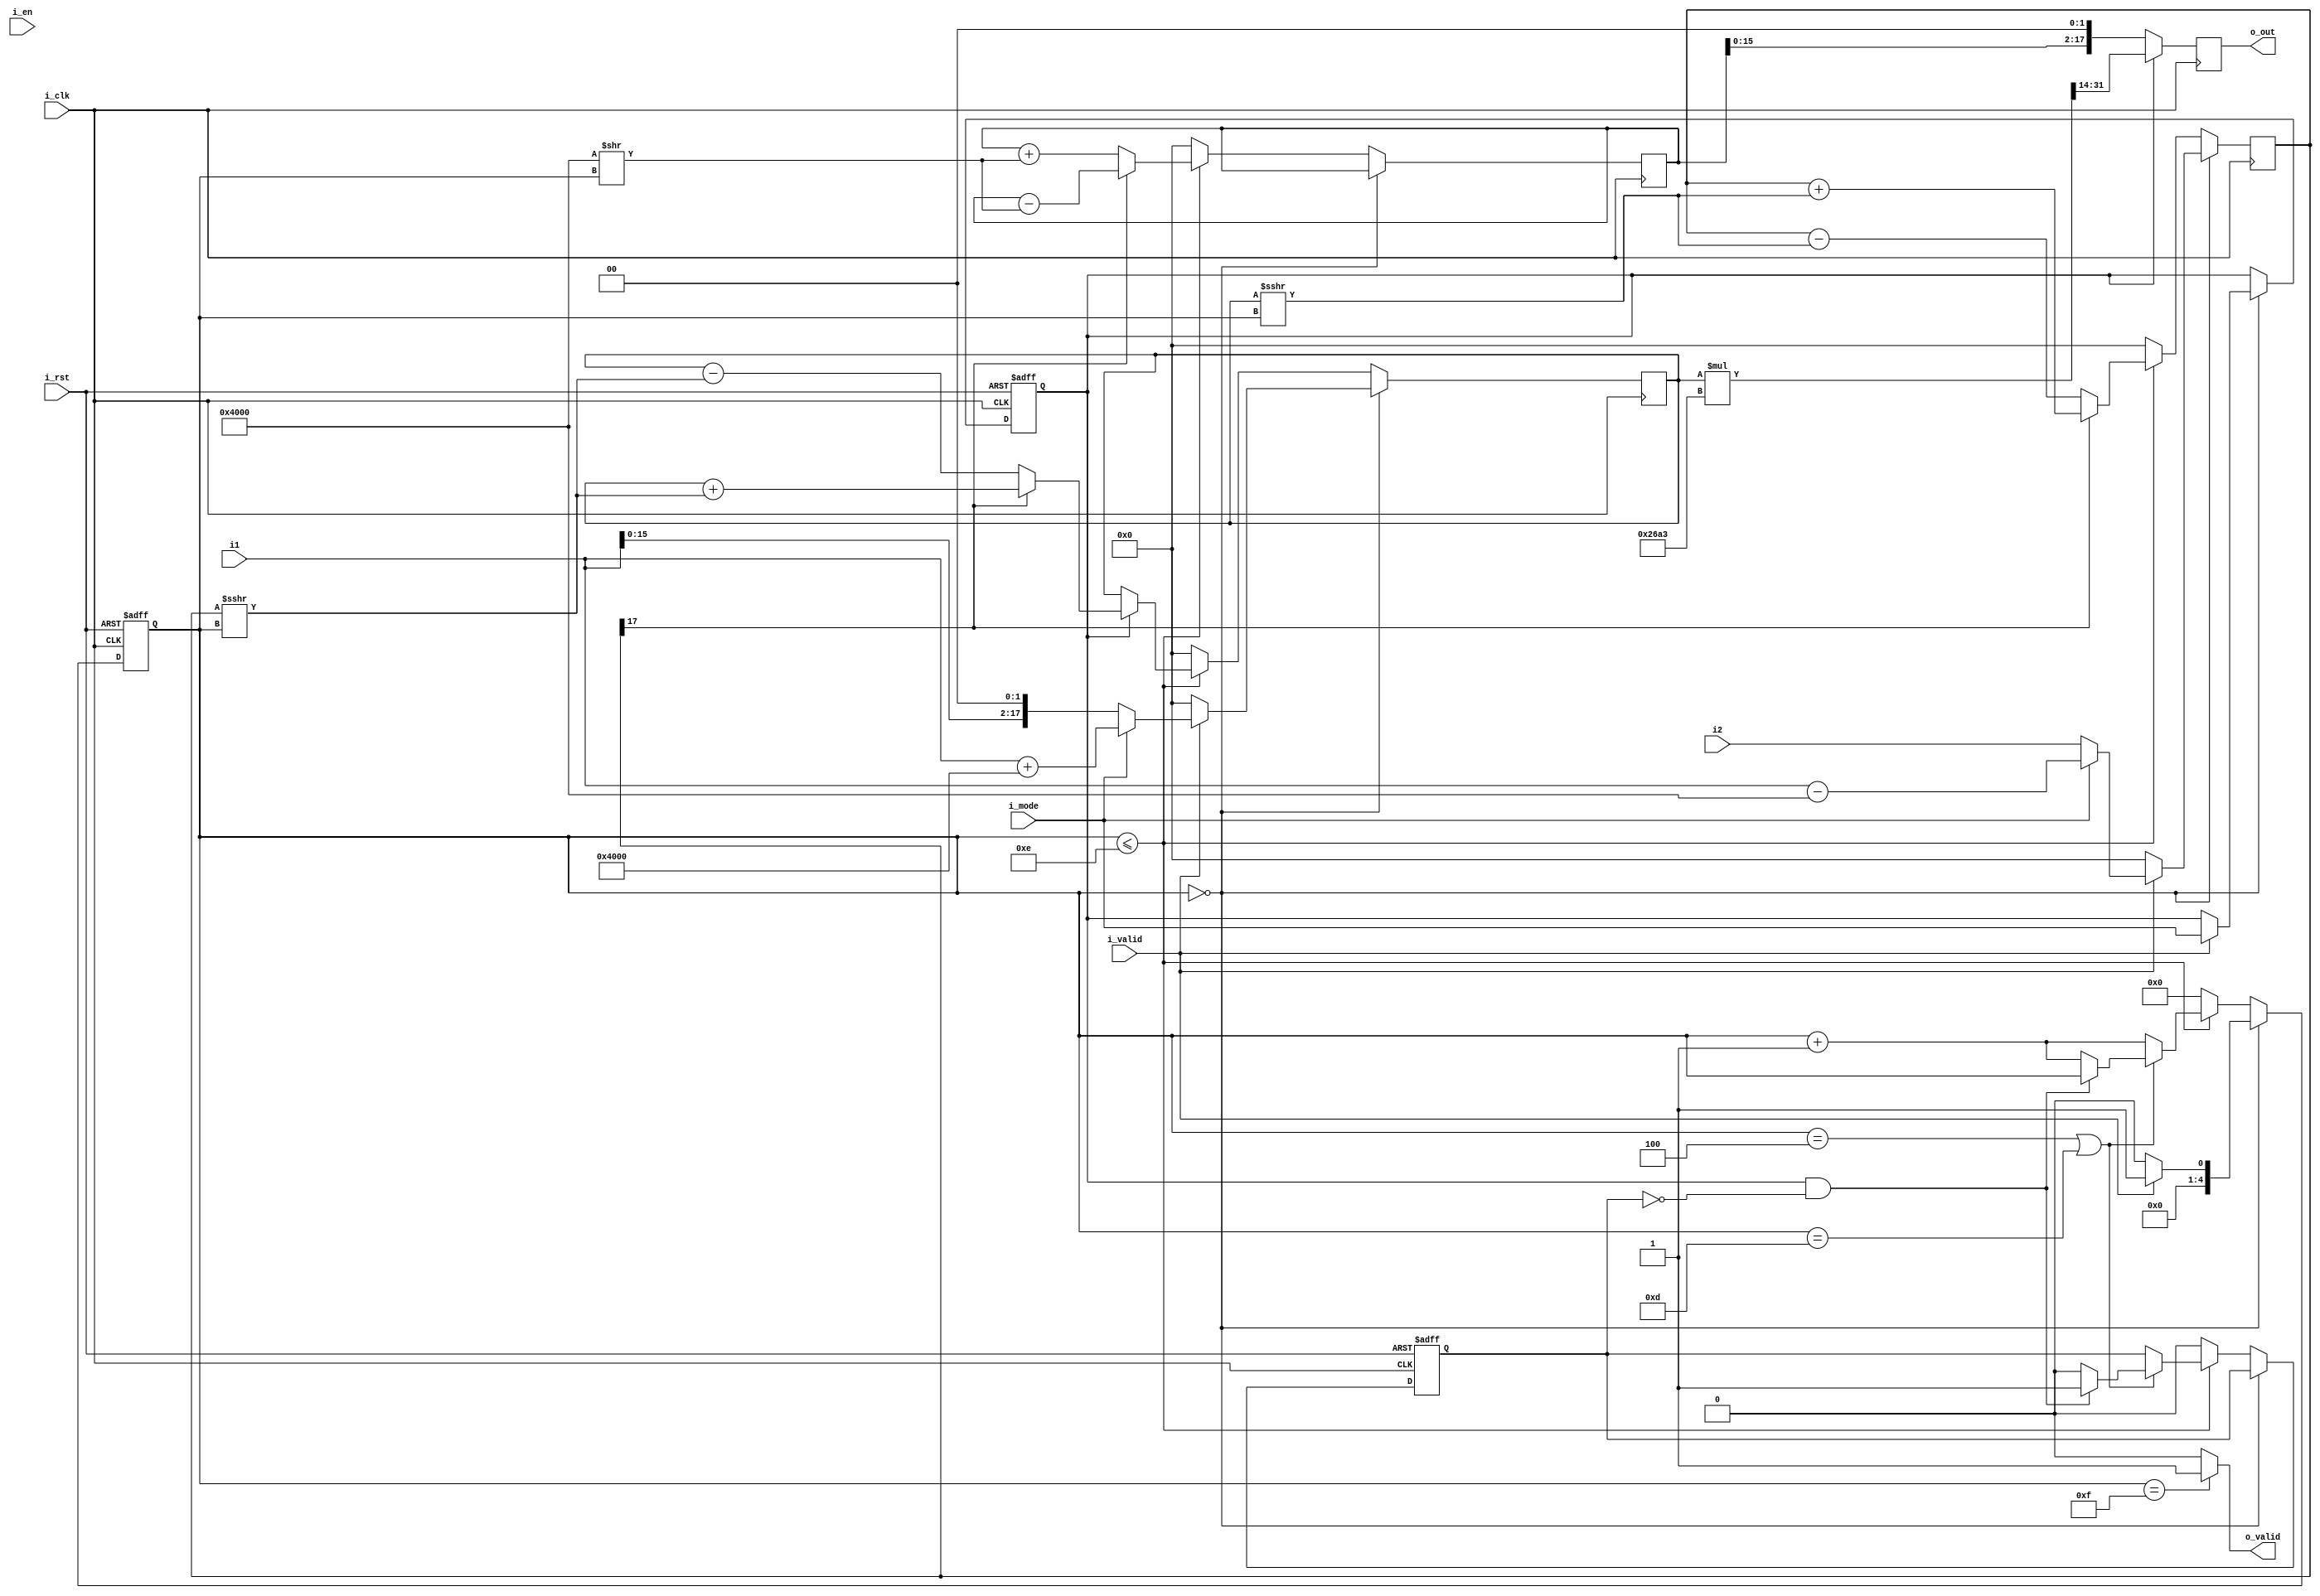
module cordic#(
    parameter i_int = 4, // bits of integer part of input -> must be 4
    parameter i_wide = 18 // bits of input
)
(
    input i_clk,
    input i_rst,
    input i_en,                 //module enable
    input i_mode,               //0: div, 1: sqrt
    input signed [i_wide - 1:0] i1,
    input signed [i_wide - 1:0] i2,
    input i_valid,
    output [i_wide - 1:0] o_out,
    output o_valid
);
// i1,i2 : real number
// result : i2 / i1
// (length,fraction) (16,2)

///////////////////
wire [i_wide - 1:0] K;
assign K = (22'b0000100110101000111101) >> (18 - (i_wide - i_int)); // 0.60374807 (22,18)
///////////////////

parameter iter_sqrt = 13; // max: i_wide - i_int
parameter iter_div = 13; // max: i_wide - i_int
reg signed [i_wide - 1:0] x_r,y_r,x_w,y_w;
reg signed [i_wide - 1:0] z_r,z_w;
reg i_mode_r,i_mode_w;
reg [4:0] cnt_r,cnt_w;
wire di;
wire signed [i_wide -1:0] one;
reg [i_wide - 1:0] out_r,out_w;
reg [(i_wide << 1) - 1 : 0] mul_result;
wire [5:0] iteration;
reg special_delay_r,special_delay_w;

assign iteration = (i_mode_r) ? iter_sqrt : iter_div;
assign one = 1 << (i_wide - i_int);
assign di = (y_r[i_wide - 1]); // sign of -y -> 0: -, 1: +
assign o_out = out_r;
assign o_valid = (cnt_r == iteration + 2) ? 1 : 0;

// wire gclk_flag = i_valid | o_valid;
// wire gclk = i_clk & gclk_flag;

// combinational logic
always @(*) begin
    x_w = x_r;
    y_w = y_r;
    z_w = z_r;
    cnt_w = cnt_r;
    i_mode_w = i_mode_r;
    out_w = out_r;
    special_delay_w = special_delay_r;
    if (cnt_r == 0) begin
        if (i_valid) begin
            x_w = (i_mode) ? i1 + one : {i1,2'b0}                ; // x + 1 ; x * 4
            y_w = (i_mode) ? i1 - one : i2  ; // x - 1 ; sign extension
            cnt_w = 1;
            i_mode_w = i_mode;
        end else begin
            x_w = 0;
            y_w = 0;
            cnt_w = 0;
        end
    end else if (cnt_r <= iteration + 1) begin // cnt:  1 ~ iteration
        if (!i_mode_r) begin
            x_w = x_r;
        end else begin
            x_w = (di) ? (x_r + $signed(y_r >>> cnt_r)) : (x_r - $signed(y_r >>> cnt_r));
        end
        y_w = (di) ? (y_r + $signed(x_r >>> cnt_r)) : (y_r - $signed(x_r >>> cnt_r));
        z_w = (di) ? (z_r - $signed(one >>  cnt_r)) : (z_r + $signed(one >>  cnt_r));

        if (cnt_r == 4 || cnt_r == 13) begin
            if (i_mode_r && !special_delay_r) begin
                special_delay_w = 1;
                cnt_w = cnt_r;
            end else begin
                special_delay_w = 0;
                cnt_w = cnt_r + 1;
            end
        end else begin
            cnt_w = cnt_r + 1;
        end

    end else begin // reset
        x_w = 0;
        y_w = 0;
        z_w = 0;
        cnt_w = 0;
        special_delay_w = 0;
    end

    mul_result = x_r * K; // (18,14) * (18,14) = (36,28)
    out_w = (i_mode_r) ? mul_result[((i_wide << 1) - 1 - i_int) -: i_wide] : (z_r << 2); // (18,14)

end

// sequential
always @(posedge i_clk) begin
    x_r <= x_w;
    y_r <= y_w;
    z_r <= z_w;
    out_r <= out_w;
end

// always @(posedge gclk or posedge i_rst) begin
//     if (i_rst) begin
//         // x_r <= 0;
//         // y_r <= 0;
//         // z_r <= 0;
//         // out_r <= 0;
//     end else begin
//         // x_r <= x_w;
//         // y_r <= y_w;
//         // z_r <= z_w;
//         // out_r <= out_w;
//     end
// end

always @(posedge i_clk or posedge i_rst) begin
    if (i_rst) begin
        // x_r <= 0;
        // y_r <= 0;
        // z_r <= 0;
        cnt_r <= 0;
        // out_r <= 0;
        i_mode_r <= 0;
        special_delay_r <= 0;
    end else begin
        // x_r <= x_w;
        // y_r <= y_w;
        // z_r <= z_w;
        cnt_r <= cnt_w;
        // out_r <= out_w;
        i_mode_r <= i_mode_w;
        special_delay_r <= special_delay_w;
    end
end


endmodule